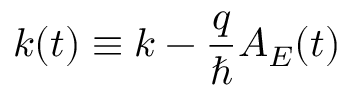
k ( t ) \equiv k - \frac { q } { \hbar } A _ { E } ( t )